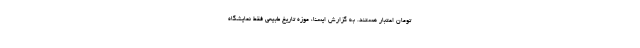
تومان اعتبار هستند. به گزارش ایسنا، موزه تاریخ طبیعی فقط نمایشگاه